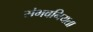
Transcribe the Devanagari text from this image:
संभवनियता